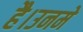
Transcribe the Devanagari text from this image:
है।उनमे